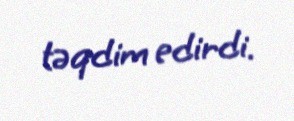
təqdim edirdi.